Materia medica of Madras volume I
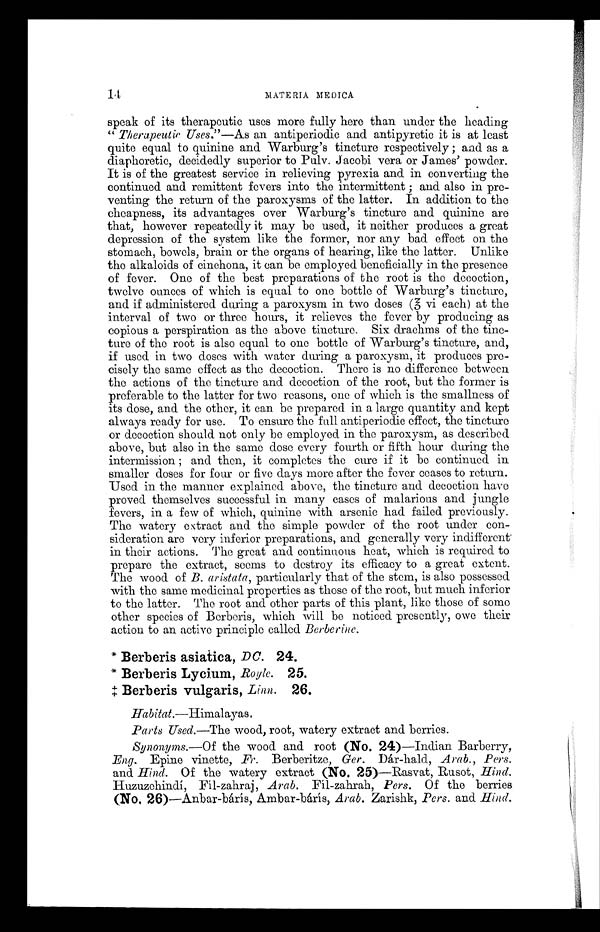
14
MATE RIA MEDICA
speak of its therapeutic uses more fully here than under the heading
" Therapeutic Uses." —As an antiperiodic and antipyretic it is at least
quite equal to quinine and Warburg's tincture respectively ; and as a
diaphoretic, decidedly superior to Pulv. Jacobi vera or James' powder.
It is of the greatest service in relieving pyrexia and in converting the
continued and remittent fevers into the intermittent ; and also in pre-
venting the return of the paroxysms of the latter. In addition to the
cheapness, its advantages over Warburg's tincture and quinine are
that, however repeatedly it may be used, it neither produces a great
depression of the system like the former, nor any bad effect on the
stomach, bowels, brain or the organs of hearing, like the latter. Unlike
the alkaloids of cinchona, it can be employed beneficially in the presence
of fever. One of the best preparations of the root is the decoction,
twelve ounces of which is equal to one bottle of Warburg's tincture,
and if administered during a paroxysm in two doses 3 vi each) at the
interval of two or three hours, it relieves the fever by producing as
copious a perspiration as the above tincture. Six drachms of the tinc--
ture of the root is also equal to one bottle of Warburg's tincture, and,
if used in two doses with water during a paroxysm, it produces pre--
cisely the same effect as the decoction. There is no difference between
the actions of the tincture and decoction of the root, but the former is
preferable to the latter for two reasons, one of which is the smallness of
its dose, and the other, it can be prepared in a large quantity and kept
always ready for use. To ensure the full antiperiodic effect, the tincture
or decoction should not only be employed in the paroxysm, as described.
above, but also in the same dose every fourth or fifth hour during the
intermission ; and then, it compltes the cure if it be continued in
smaller doses for four or five days more after the fever ceases to return.
Used in the manner explained. above, the tincture and decoction have
proved themselves successful in many cases of malarious and jungle
fevers, in a few of which, quinine with arsenic had failed previously.
The watery extract and the simple powder of the root under con--
sideration are very inferior preparations, and generally very indifferent
in their actions. The great and continuous heat, which is required to
prepare the extract, seems to destroy its efficacy to a great extent.
The wood of B. aristata, particularly that of the stem, is also possessed
with the same medicinal properties as those of the root, but much inferior
to the latter. The root and other parts of this plant, like those of some
other species of Berberis, which will be noticed presently, owe their
action to an active principle called Berberine.
*Berberis asiatica, DC. 24.
*Berberis Lycium, Royle. 25.
‡Berberis vulgaris, Linn. 26.
Habitat.—Hi malayas
Parts Used.—The wood, root, watery extract and berries.
Synonyms.—Of the wood and root (No. 24)—Indian Barberry,
Eng. Epine vinette, Fr. Berberitze, Ger. Dár-hald, Arab., Pers.
and. Hind. Of the watery extract (No. 25)—Rasvat, Rusot, Hind.
Huzuzehindí Fíl-zahraj, Arab. Fíl-zahrah, Pers. Of the berries
(No. 26)—Anbar-bárís, Ambar-bárís, Arab. Zarishk, Pers. and Hind.